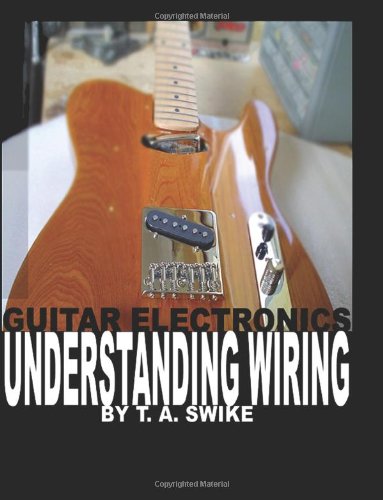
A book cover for Guitar Electronics Understanding Wiring and Diagrams: Learn step by step how to completely wire your electric guitar; T. A. Swike; Arts & Photography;